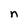
Character: n